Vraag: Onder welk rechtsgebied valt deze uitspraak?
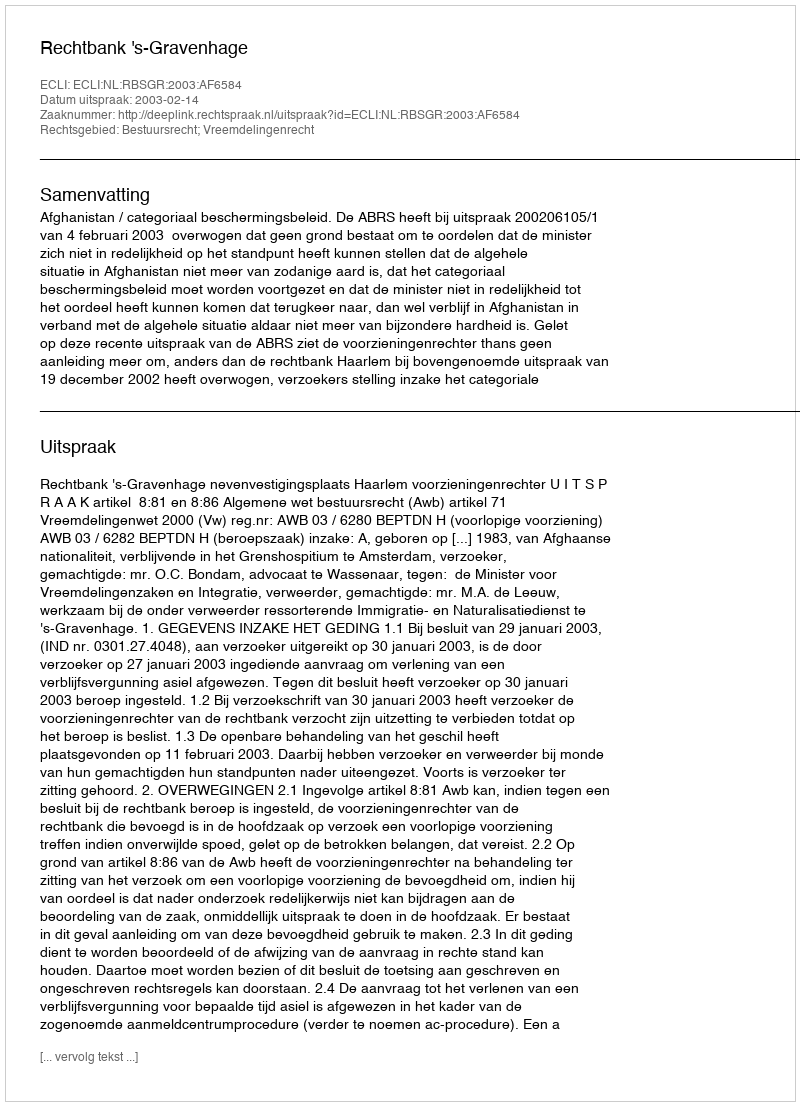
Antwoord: Bestuursrecht; Vreemdelingenrecht